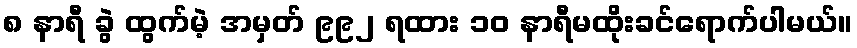
၈ နာရီ ခွဲ ထွက်မဲ့ အမှတ် ၉၉၂ ရထား ၁၀ နာရီမထိုးခင်ရောက်ပါမယ်။